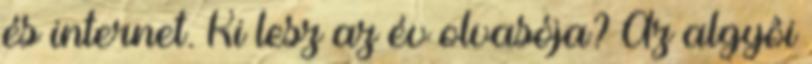
és internet. Ki lesz az év olvasója? Az algyôi